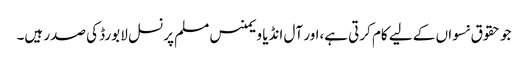
جو حقوق نسواں کے لیے کام کرتی ہے،اور آل انڈیا ویمنس مسلم پرنسل لا بورڈ کی صدر ہیں۔